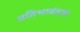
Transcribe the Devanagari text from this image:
प्रतिभावंताचे